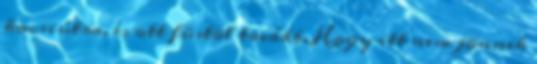
kocsiútra, és ott füstöl tovább. Hogy itt nem jönnek